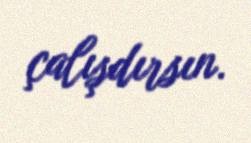
çalışdırsın.